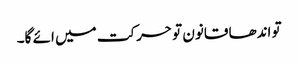
تو اندھا قانون تو حرکت میں ائے گا۔